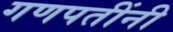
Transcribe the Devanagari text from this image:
गणपतींनी